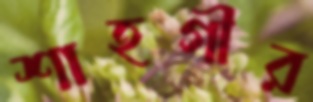
শাহগীর